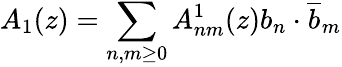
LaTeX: A_{1}(z)=\sum_{n,m\geq 0}A_{nm}^{1}(z)b_{n}\cdot\overline{{b}}_{m}